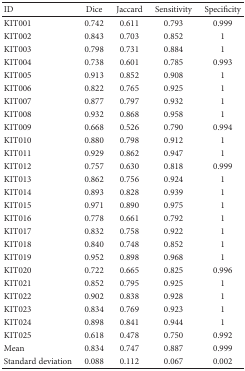
<table><thead><tr><td><b>ID</b></td><td><b>Dice</b></td><td><b>Jaccard</b></td><td><b>Sensitivity</b></td><td><b>Specificity</b></td></tr></thead><tbody><tr><td>KIT001</td><td>0.742</td><td>0.611</td><td>0.793</td><td>0.999</td></tr><tr><td>KIT002</td><td>0.843</td><td>0.703</td><td>0.852</td><td>1</td></tr><tr><td>KIT003</td><td>0.798</td><td>0.731</td><td>0.884</td><td>1</td></tr><tr><td>KIT004</td><td>0.738</td><td>0.601</td><td>0.785</td><td>0.993</td></tr><tr><td>KIT005</td><td>0.913</td><td>0.852</td><td>0.908</td><td>1</td></tr><tr><td>KIT006</td><td>0.822</td><td>0.765</td><td>0.925</td><td>1</td></tr><tr><td>KIT007</td><td>0.877</td><td>0.797</td><td>0.932</td><td>1</td></tr><tr><td>KIT008</td><td>0.932</td><td>0.868</td><td>0.958</td><td>1</td></tr><tr><td>KIT009</td><td>0.668</td><td>0.526</td><td>0.790</td><td>0.994</td></tr><tr><td>KIT010</td><td>0.880</td><td>0.798</td><td>0.912</td><td>1</td></tr><tr><td>KIT011</td><td>0.929</td><td>0.862</td><td>0.947</td><td>1</td></tr><tr><td>KIT012</td><td>0.757</td><td>0.630</td><td>0.818</td><td>0.999</td></tr><tr><td>KIT013</td><td>0.862</td><td>0.756</td><td>0.924</td><td>1</td></tr><tr><td>KIT014</td><td>0.893</td><td>0.828</td><td>0.939</td><td>1</td></tr><tr><td>KIT015</td><td>0.971</td><td>0.890</td><td>0.975</td><td>1</td></tr><tr><td>KIT016</td><td>0.778</td><td>0.661</td><td>0.792</td><td>1</td></tr><tr><td>KIT017</td><td>0.832</td><td>0.758</td><td>0.922</td><td>1</td></tr><tr><td>KIT018</td><td>0.840</td><td>0.748</td><td>0.852</td><td>1</td></tr><tr><td>KIT019</td><td>0.952</td><td>0.898</td><td>0.968</td><td>1</td></tr><tr><td>KIT020</td><td>0.722</td><td>0.665</td><td>0.825</td><td>0.996</td></tr><tr><td>KIT021</td><td>0.852</td><td>0.795</td><td>0.925</td><td>1</td></tr><tr><td>KIT022</td><td>0.902</td><td>0.838</td><td>0.928</td><td>1</td></tr><tr><td>KIT023</td><td>0.834</td><td>0.769</td><td>0.923</td><td>1</td></tr><tr><td>KIT024</td><td>0.898</td><td>0.841</td><td>0.944</td><td>1</td></tr><tr><td>KIT025</td><td>0.618</td><td>0.478</td><td>0.750</td><td>0.992</td></tr><tr><td>Mean</td><td>0.834</td><td>0.747</td><td>0.887</td><td>0.999</td></tr><tr><td>Standard deviation</td><td>0.088</td><td>0.112</td><td>0.067</td><td>0.002</td></tr></tbody></table>